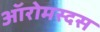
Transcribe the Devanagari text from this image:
ऑरोमस्दस